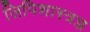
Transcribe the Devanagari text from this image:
लिपिशास्त्रज्ञ